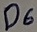
Text: D6